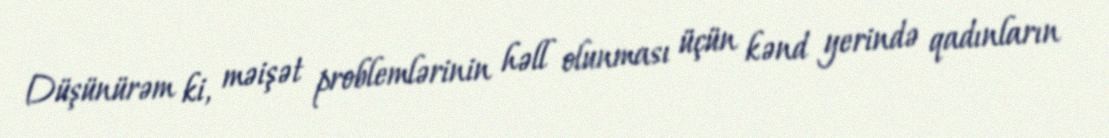
Düşünürəm ki, məişət problemlərinin həll olunması üçün kənd yerində qadınların